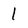
Character: 1